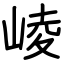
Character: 崚